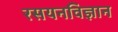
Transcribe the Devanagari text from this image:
रसयनविज्ञान